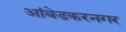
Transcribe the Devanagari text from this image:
आंबेडकरनगर